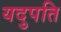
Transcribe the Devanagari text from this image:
यदुपति